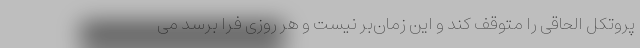
پروتکل الحاقی را متوقف کند و این زمان‌بر نیست و هر روزی فرا برسد می